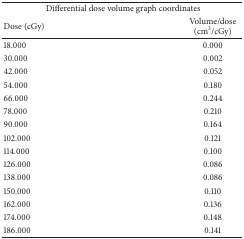
| <COLSPAN=2> Differential dose volume graph coordinates |
 | Dose (cGy) | Volume/dose (cm3/cGy) |
 | --- | --- |
 | 18.000 | 0.000 |
 | 30.000 | 0.002 |
 | 42.000 | 0.052 |
 | 54.000 | 0.180 |
 | 66.000 | 0.244 |
 | 78.000 | 0.210 |
 | 90.000 | 0.164 |
 | 102.000 | 0.121 |
 | 114.000 | 0.100 |
 | 126.000 | 0.086 |
 | 138.000 | 0.086 |
 | 150.000 | 0.110 |
 | 162.000 | 0.136 |
 | 174.000 | 0.148 |
 | 186.000 | 0.141 |